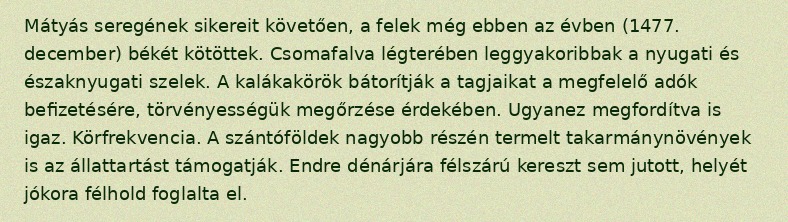
Mátyás seregének sikereit követően, a felek még ebben az évben (1477. december) békét kötöttek. Csomafalva légterében leggyakoribbak a nyugati és északnyugati szelek. A kalákakörök bátorítják a tagjaikat a megfelelő adók befizetésére, törvényességük megőrzése érdekében. Ugyanez megfordítva is igaz. Körfrekvencia. A szántóföldek nagyobb részén termelt takarmánynövények is az állattartást támogatják. Endre dénárjára félszárú kereszt sem jutott, helyét jókora félhold foglalta el.